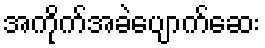
အကိုက်အခဲပျောက်ဆေး